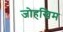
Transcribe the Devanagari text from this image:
जोहखिम